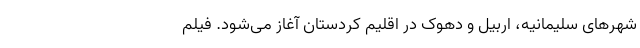
شهرهای سلیمانیه، اربیل و دهوک در اقلیم کردستان آغاز می‌شود. فیلم